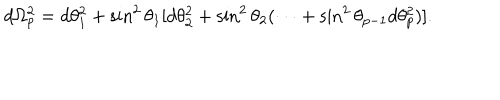
LaTeX: d \Omega _ { p } ^ { 2 } = d \theta _ { 1 } ^ { 2 } + \sin ^ { 2 } \theta _ { 1 } [ d \theta _ { 2 } ^ { 2 } + \sin ^ { 2 } \theta _ { 2 } ( \cdots + \sin ^ { 2 } \theta _ { p - 1 } d \theta _ { p } ^ { 2 } ) ] .